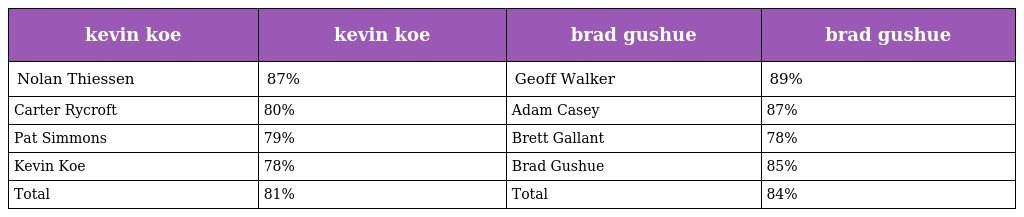
| kevin koe | kevin koe | brad gushue | brad gushue |
 | --- | --- | --- | --- |
 | Nolan Thiessen | 87% | Geoff Walker | 89% |
 | Carter Rycroft | 80% | Adam Casey | 87% |
 | Pat Simmons | 79% | Brett Gallant | 78% |
 | Kevin Koe | 78% | Brad Gushue | 85% |
 | Total | 81% | Total | 84% |